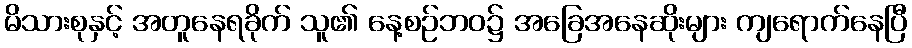
မိသားစုနှင့် အတူနေရခိုက် သူ၏ နေ့စဉ်ဘဝ၌ အခြေအနေဆိုးများ ကျရောက်နေပြီ